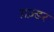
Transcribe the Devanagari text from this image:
ग़ज़्डर